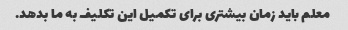
معلم باید زمان بیشتری برای تکمیل این تکلیف به ما بدهد.